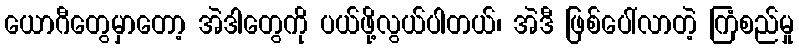
ယောဂီတွေမှာတော့ အဲဒါတွေကို ပယ်ဖို့လွယ်ပါတယ်၊ အဲဒီ ဖြစ်ပေါ်လာတဲ့ ကြံစည်မှု